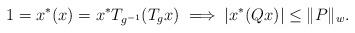
LaTeX: \begin{align*}1=x^*(x)=x^*T_{g^{-1}}(T_gx)\implies |x^*(Qx)|\leq \|P\|_w.\end{align*}